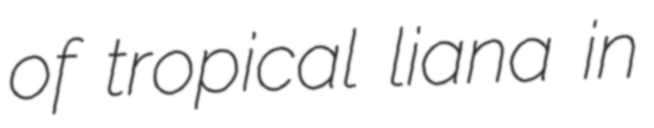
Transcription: of tropical liana in